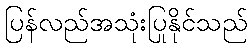
ပြန်လည်အသုံးပြုနိုင်သည်